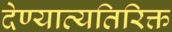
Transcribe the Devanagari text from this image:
देण्याव्यतिरिक्त